Leaving Certificate Examination, 1916
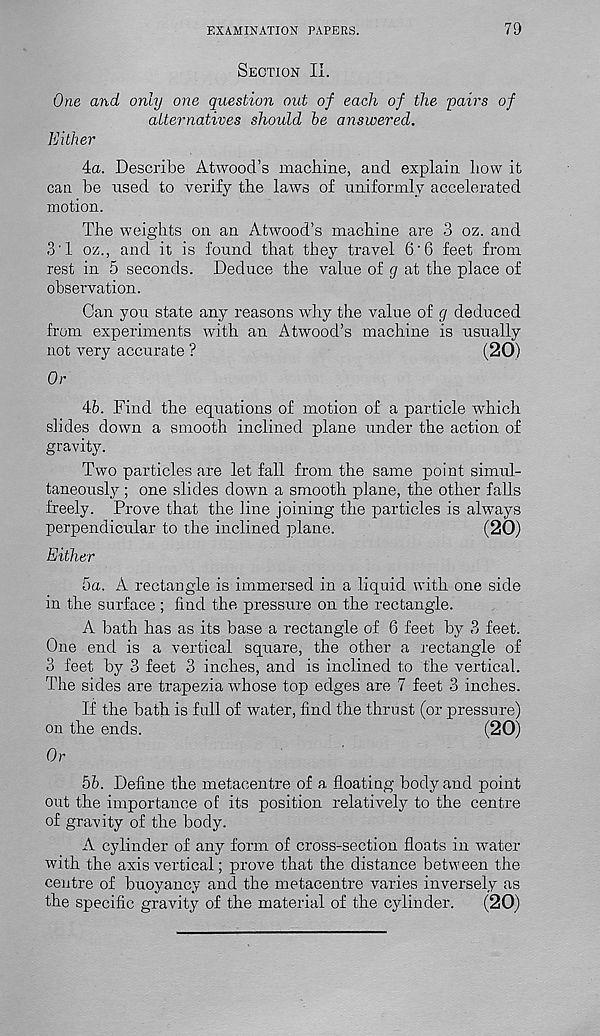
EXAMINATION PAPERS.
79
Section II.
One and only one question out of each of the pairs of
alternatives should be answered.
Either
4a. Describe Atwood’s machine, and explain how it
can be used to verify the laws of uniformly accelerated
motion.
The weights on an Atwood’s machine are 3 oz. and
3'1 oz., and it is found that they travel 6‘6 feet from
rest in 5 seconds. Deduce the value of g at the place of
observation.
Can you state any reasons why the value of g deduced
from experiments with an Atwood’s machine is usually
not very accura te ?
(20)
Or
46. Find the equations of motion of a particle which
slides down a smooth inclined plane under the action of
gravity.
Two particles are let fall from the same point simul-
taneously ; one slides down a smooth plane, the other falls
freely. Prove that the line joining the particles is always
perpendicular to the inclined plane.
(20)
Either
5a. A rectangle is immersed in a liquid with one side
in the surface ; find the pressure on the rectangle.
A bath has as its base a rectangle of 6 feet by 3 feet.
One end is a vertical square, the other a rectangle of
3 feet by 3 feet 3 inches, and is inclined to the vertical.
The sides are trapezia whose top edges are 7 feet 3 inches.
If the bath is full of water, find the thrust (or pressure)
on the ends.
(20)
Or
56. Define the metacentre of a floating body and point
out the importance of its position relatively to the centre
of gravity of the body.
A cylinder of any form of cross-section floats in water
with the axis vertical; prove that the distance between the
centre of buoyancy and the metacentre varies inversely as
the specific gravity of the material of the cylinder.
(20)